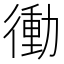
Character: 𭜀